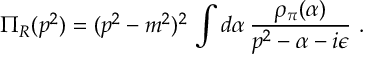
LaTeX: \Pi _ { R } ( p ^ { 2 } ) = ( p ^ { 2 } - m ^ { 2 } ) ^ { 2 } \, \int d \alpha \, \frac { \rho _ { \pi } ( \alpha ) } { p ^ { 2 } - \alpha - i \epsilon } \ .